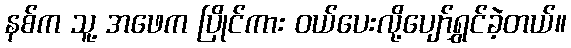
နစ်က သူ့ အဖေက ပြိုင်ကား ဝယ်ပေးလို့ပျော်ရွှင်ခဲ့တယ်။